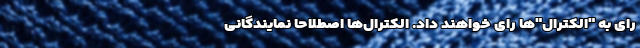
رای به "الکترال"‌ها رای خواهند داد. الکترال‌ها اصطلاحا نمایندگانی